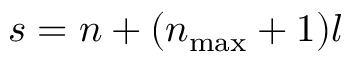
s = n + ( n _ { \mathrm { m a x } } + 1 ) l